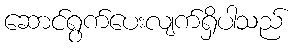
ဆောင်ရွက်ပေးလျက်ရှိပါသည်